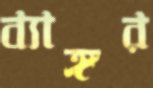
ব্যাঙ্গর